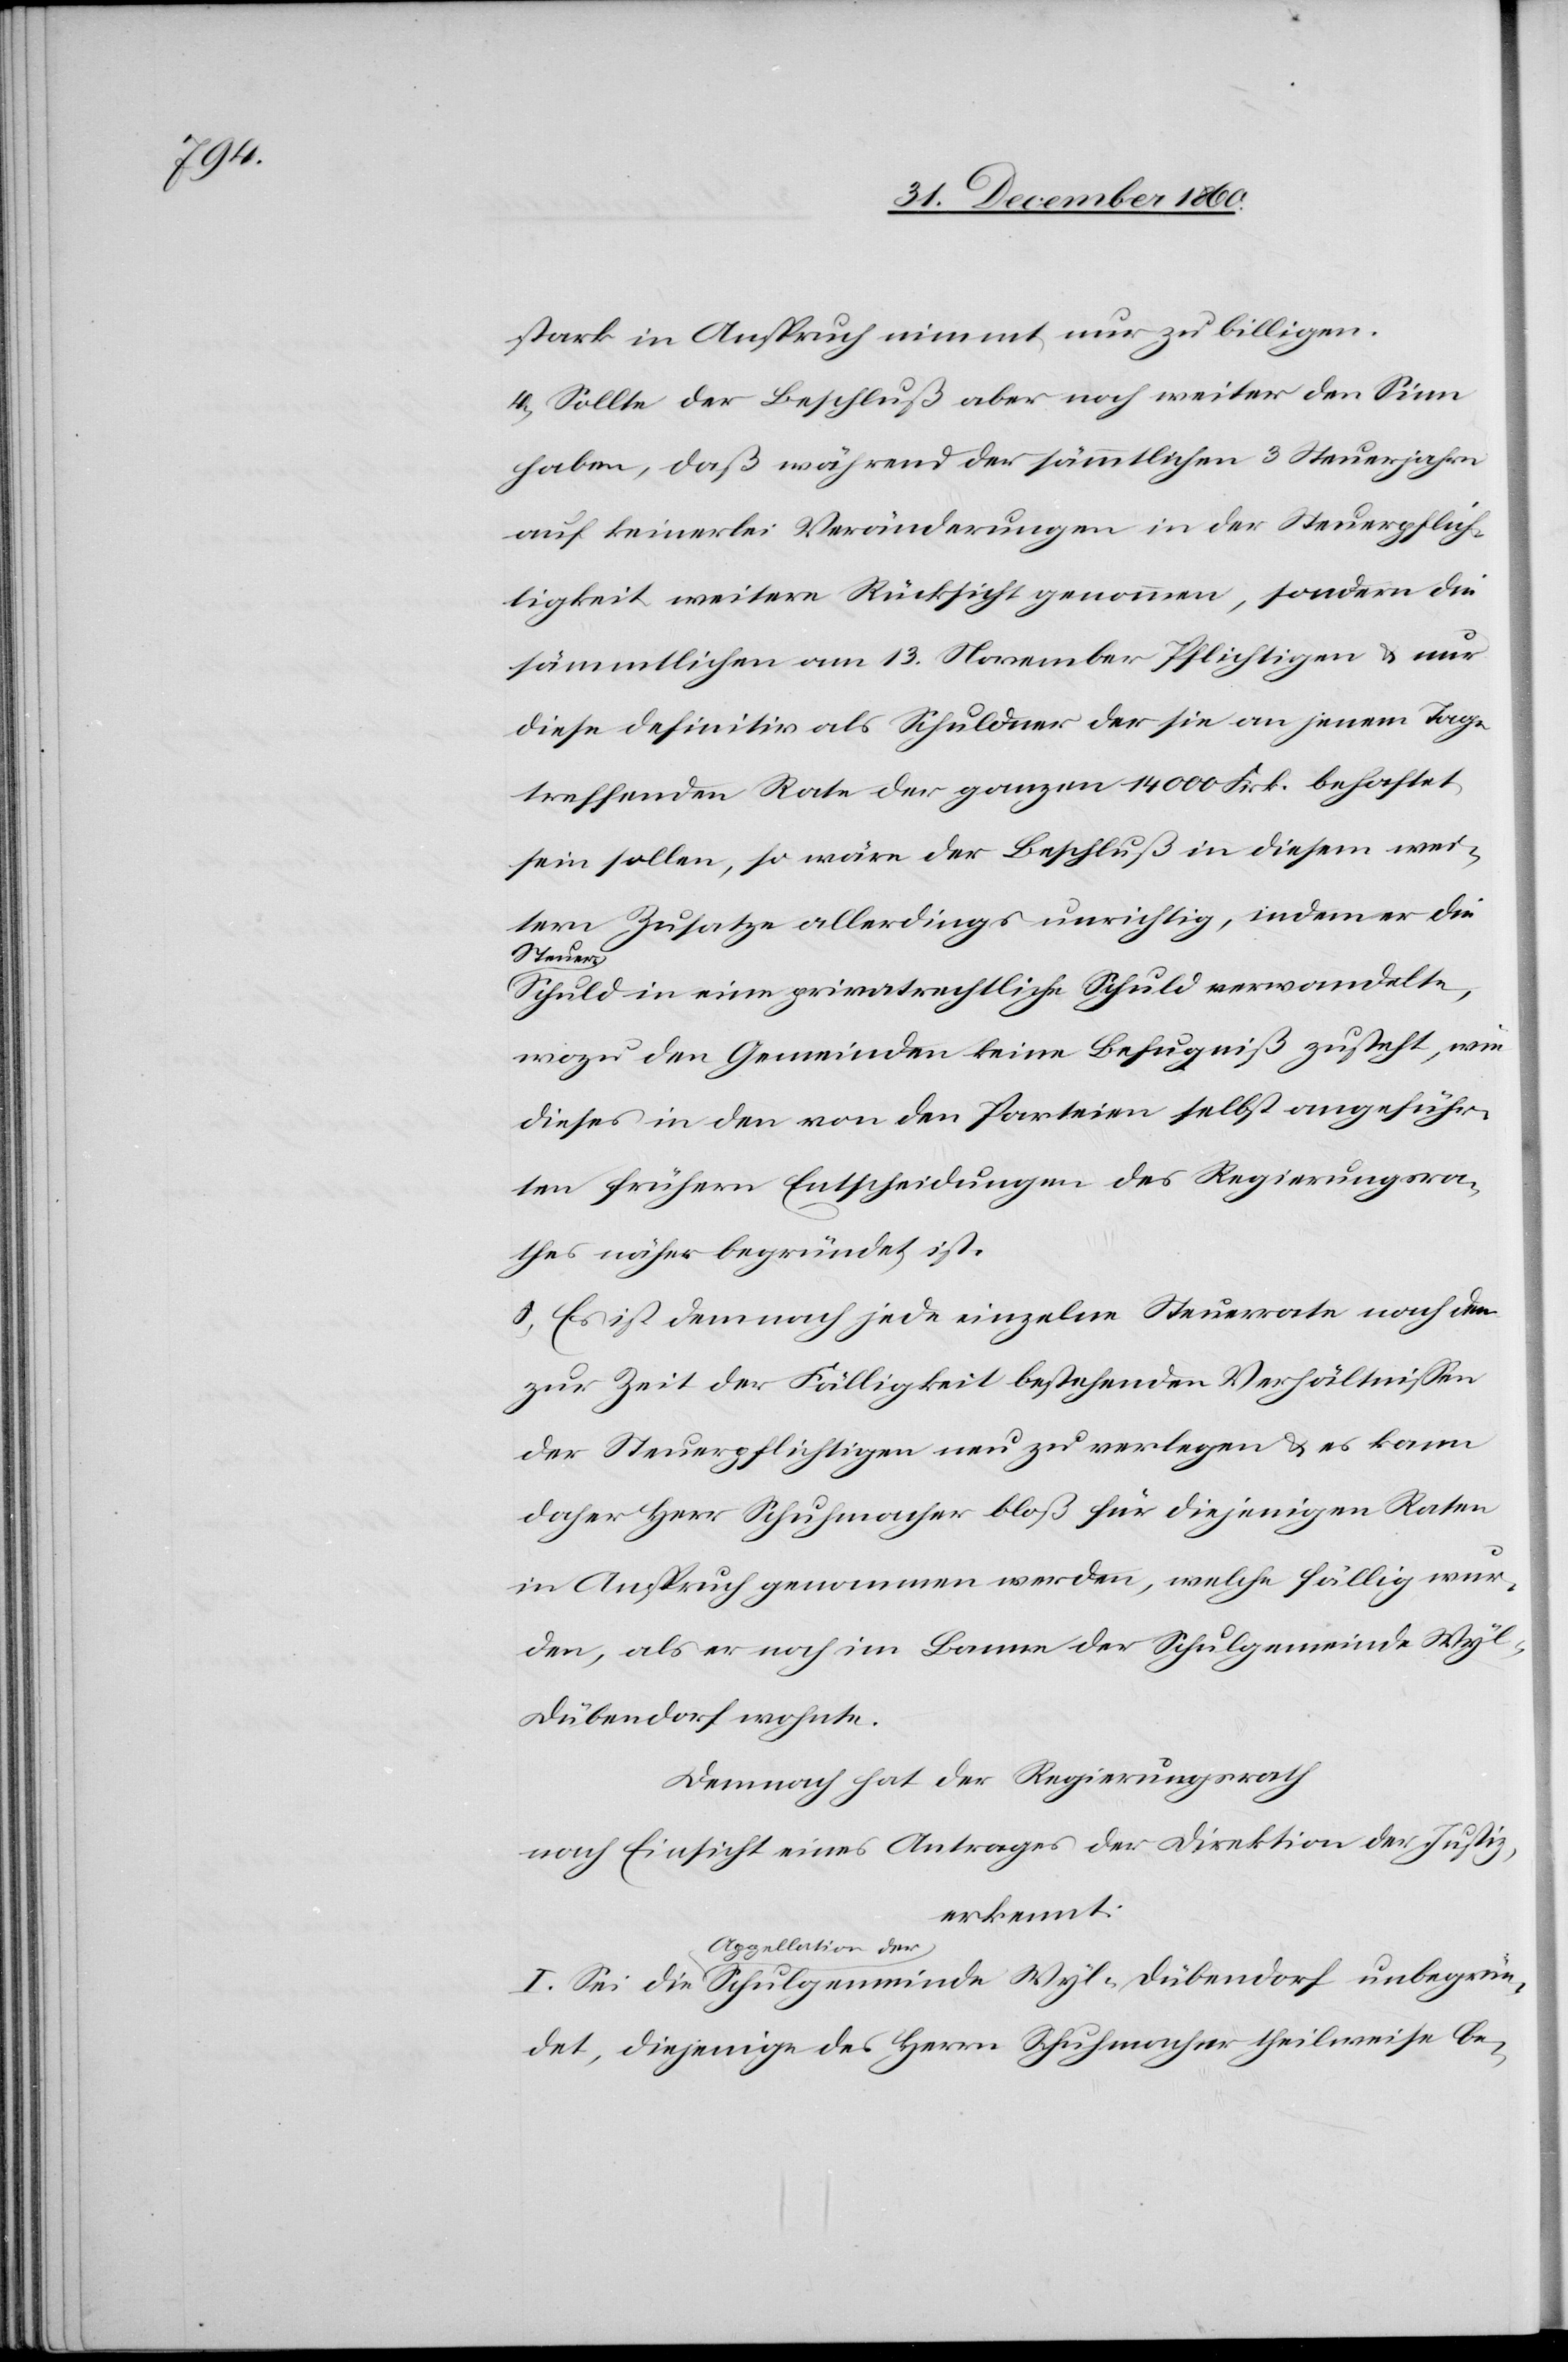
unbegrün¬

stark in Anspruch nimmt nur zu billigen.
4. Sollte der Beschluß aber noch weiter den Sinn
haben, daß während der sämmtlichen 3 Steuerjahre
auf keinerlei Veränderungen in der Steuerpflich¬
tigkeit weitere Rücksicht genommen, sondern die
sämmtlichen am 13. November Pflichtigen u. nur
diese definitiv als Schuldner der sie an jenem Tage
treffenden Rate der ganzen 12 000 Frk. behaftet
sein sollen so wäre der Beschluß in diesem wei¬
tern Zusatze allerdings unrichtig, indem er die
Steuer-S¬
chuld in eine privatrechtliche Schuld verwandelte,
wozu den Gemeinden keine Befugniß zusteht, wie
dieses in den von den Parteien selbst angeführ¬
ten frühern Entscheidungen des Regierungsra¬
thes näher begründet ist.
5. Es ist demnach jede einzelne Steuerrate nach den
zur Zeit der Fälligkeit bestehenden Verhältnissen
der Steuerpflichtigen neu zu verlegen u. es kann
daher Herr Schuhmacher bloß für diejenigen Raten
in Anspruch genommen werden, welche fällig wur¬
den, als er noch im Banne der Schulgemeinde Wy¬
l-Dübendorf wohnte.
Demnach hat der Regierungsrath
nach Einsicht eines Antrages der Direktion der Justiz,
erkennt:
Appellation der
det, diejenige des Herrn Schuhmacher theilweise be-